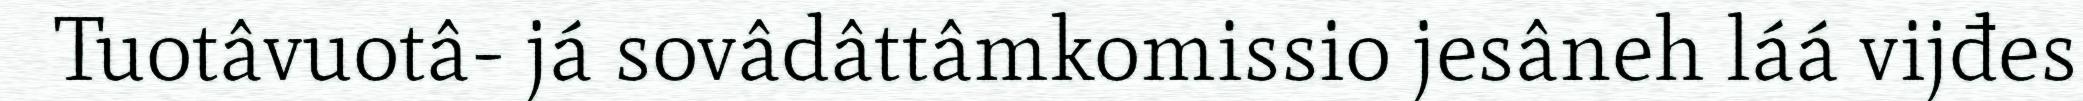
Tuotâvuotâ- já sovâdâttâmkomissio jesâneh láá vijđes